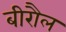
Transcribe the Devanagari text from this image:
बीरौल